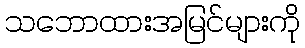
သဘောထားအမြင်များကို